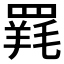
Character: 𮊐